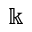
\Bbbk